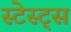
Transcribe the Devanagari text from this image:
स्टेस्ट्स